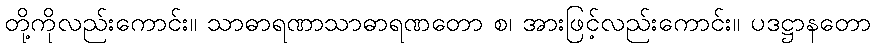
တို့ကိုလည်းကောင်း။ သာဓာရဏာသာဓာရဏတော စ၊ အားဖြင့်လည်းကောင်း။ ပဒဋ္ဌာနတော